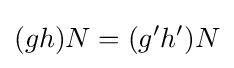
(gh)N=(g'h')N